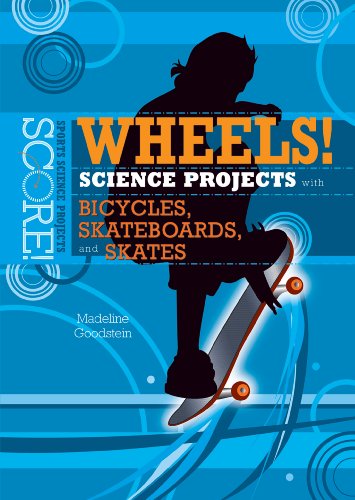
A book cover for Wheels!: Science Projects with Bicycles, Skateboards, and Skates (Score! Sports Science Projects); Madeline P. Goodstein; Children's Books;